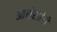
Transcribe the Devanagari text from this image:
आलेखांची